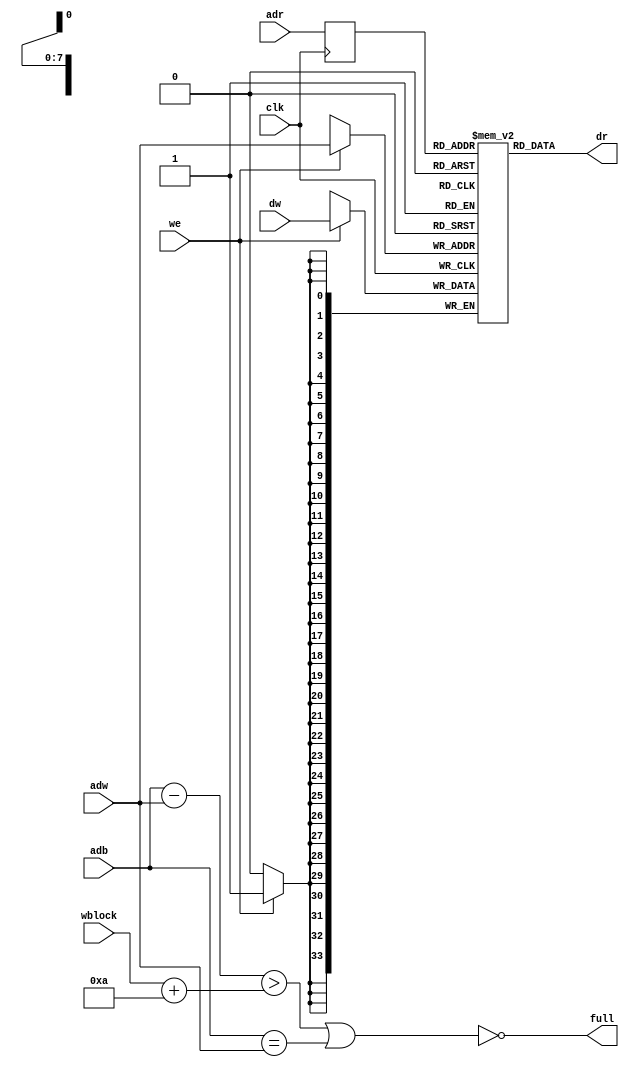
// This  Verilog HDL  source  file was  automatically generated
// by C++ model based on VPP library. Modification of this file
// is possible, but if you want to keep it in sync with the C++
// model,  please  modify  the model and re-generate this file.
// VPP library web-page: http://www.phys.ufl.edu/~madorsky/vpp/

// Timestamp : Fri Jan 18 14:51:38 2013

module best_memory
(
    adw,
    adr,
    adb,
    dw,
    dr,
    we,
    wblock,
    full,
    clk
);

    input [7:0] adw;
    input [7:0] adr;
    input [7:0] adb;
    input [33:0] dw;
    output [33:0] dr;
    input we;
    input [7:0] wblock;
    output full;
    input clk;

    reg [7:0] adrr;
    reg [33:0] mem [255:0];
    // synthesis attribute ram_style of mem is block
    wire [7:0] diff;
    assign diff = adb - adw;
    assign full = !((diff > (wblock + 10)) || (adb == adw));
    always @(posedge clk) 
    begin
        if (we) mem[adw] = dw;
        adrr = adr;
    end
    assign dr = mem[adrr];
endmodule